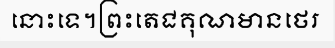
នោះទេ។ព្រះតេជគុណមានថេរ